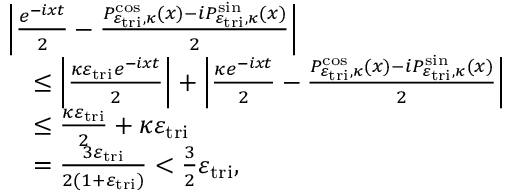
\begin{array} { r l } & { \left| \frac { e ^ { - i x t } } { 2 } - \frac { P _ { \varepsilon _ { \mathrm { t r i } } , \kappa } ^ { \cos } ( x ) - i P _ { \varepsilon _ { \mathrm { t r i } } , \kappa } ^ { \sin } ( x ) } { 2 } \right| } \\ & { \quad \leq \left| \frac { \kappa \varepsilon _ { \mathrm { t r i } } e ^ { - i x t } } { 2 } \right| + \left| \frac { \kappa e ^ { - i x t } } { 2 } - \frac { P _ { \varepsilon _ { \mathrm { t r i } } , \kappa } ^ { \cos } ( x ) - i P _ { \varepsilon _ { \mathrm { t r i } } , \kappa } ^ { \sin } ( x ) } { 2 } \right| } \\ & { \quad \leq \frac { \kappa \varepsilon _ { \mathrm { t r i } } } { 2 } + \kappa \varepsilon _ { \mathrm { t r i } } } \\ & { \quad = \frac { 3 \varepsilon _ { \mathrm { t r i } } } { 2 ( 1 + \varepsilon _ { \mathrm { t r i } } ) } < \frac { 3 } { 2 } \varepsilon _ { \mathrm { t r i } } , } \end{array}